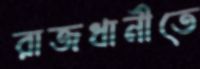
রাজধানীতে